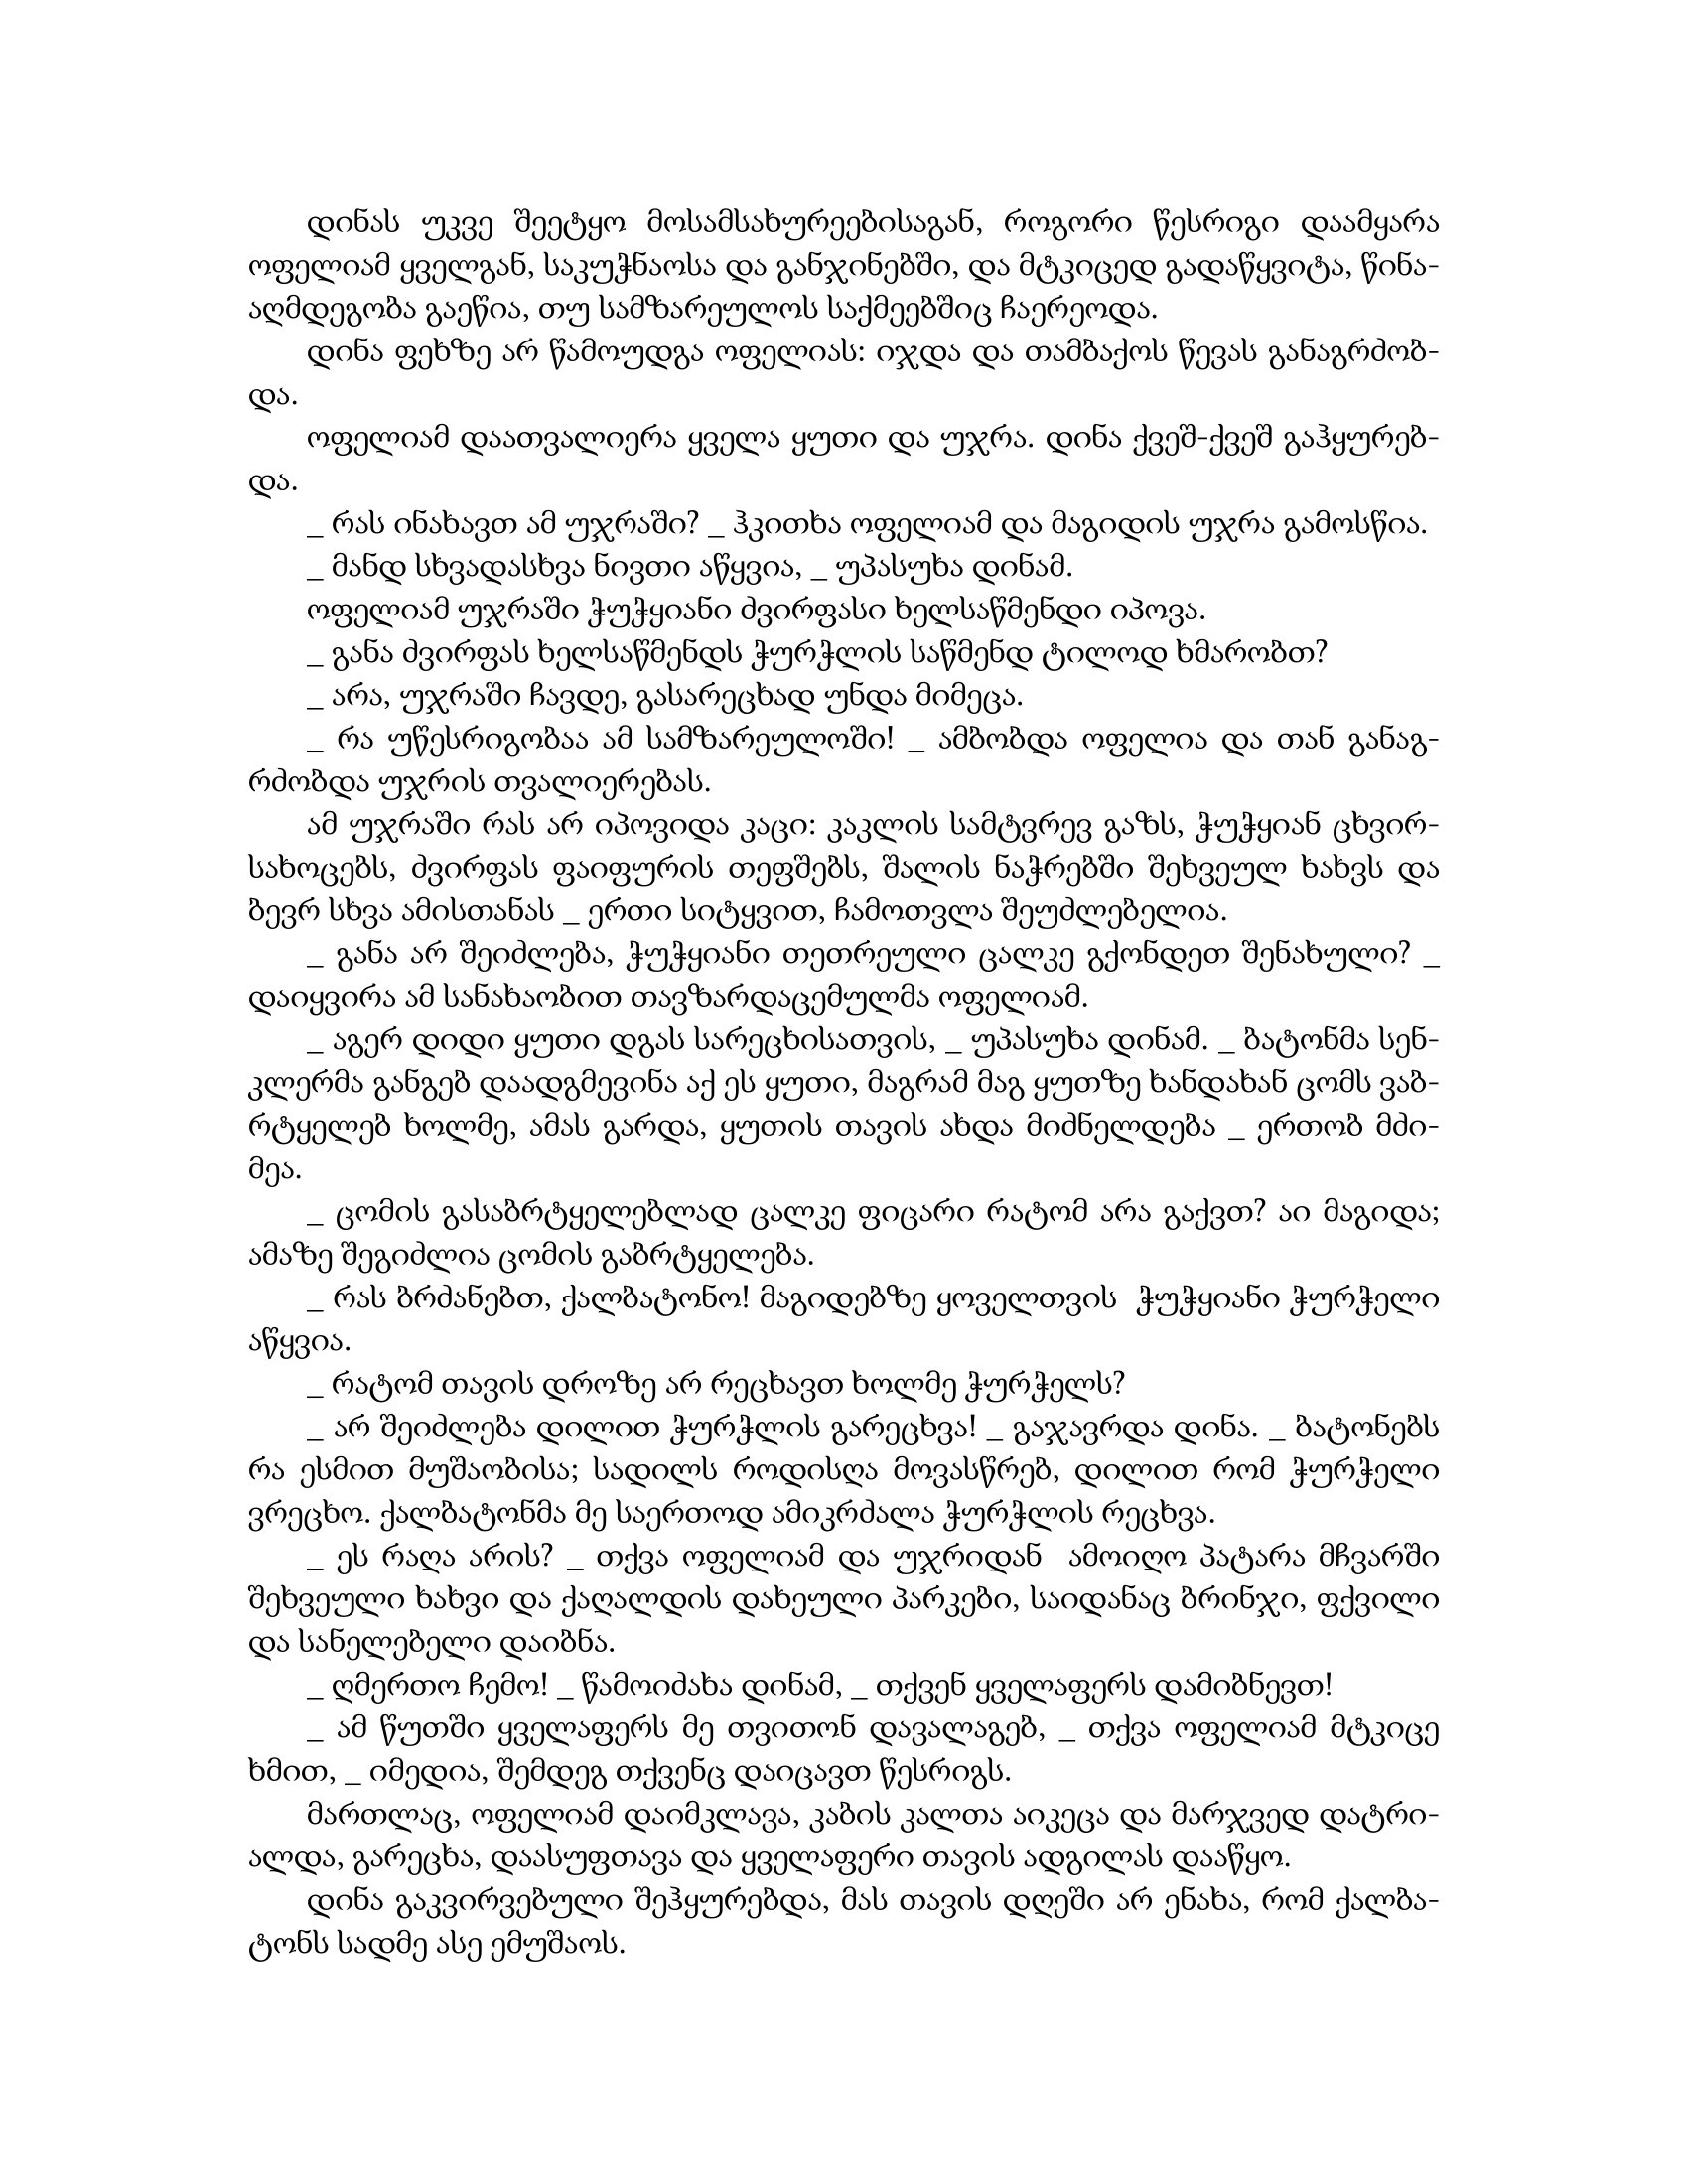
Language: gr